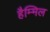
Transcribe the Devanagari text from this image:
हैम्मिल